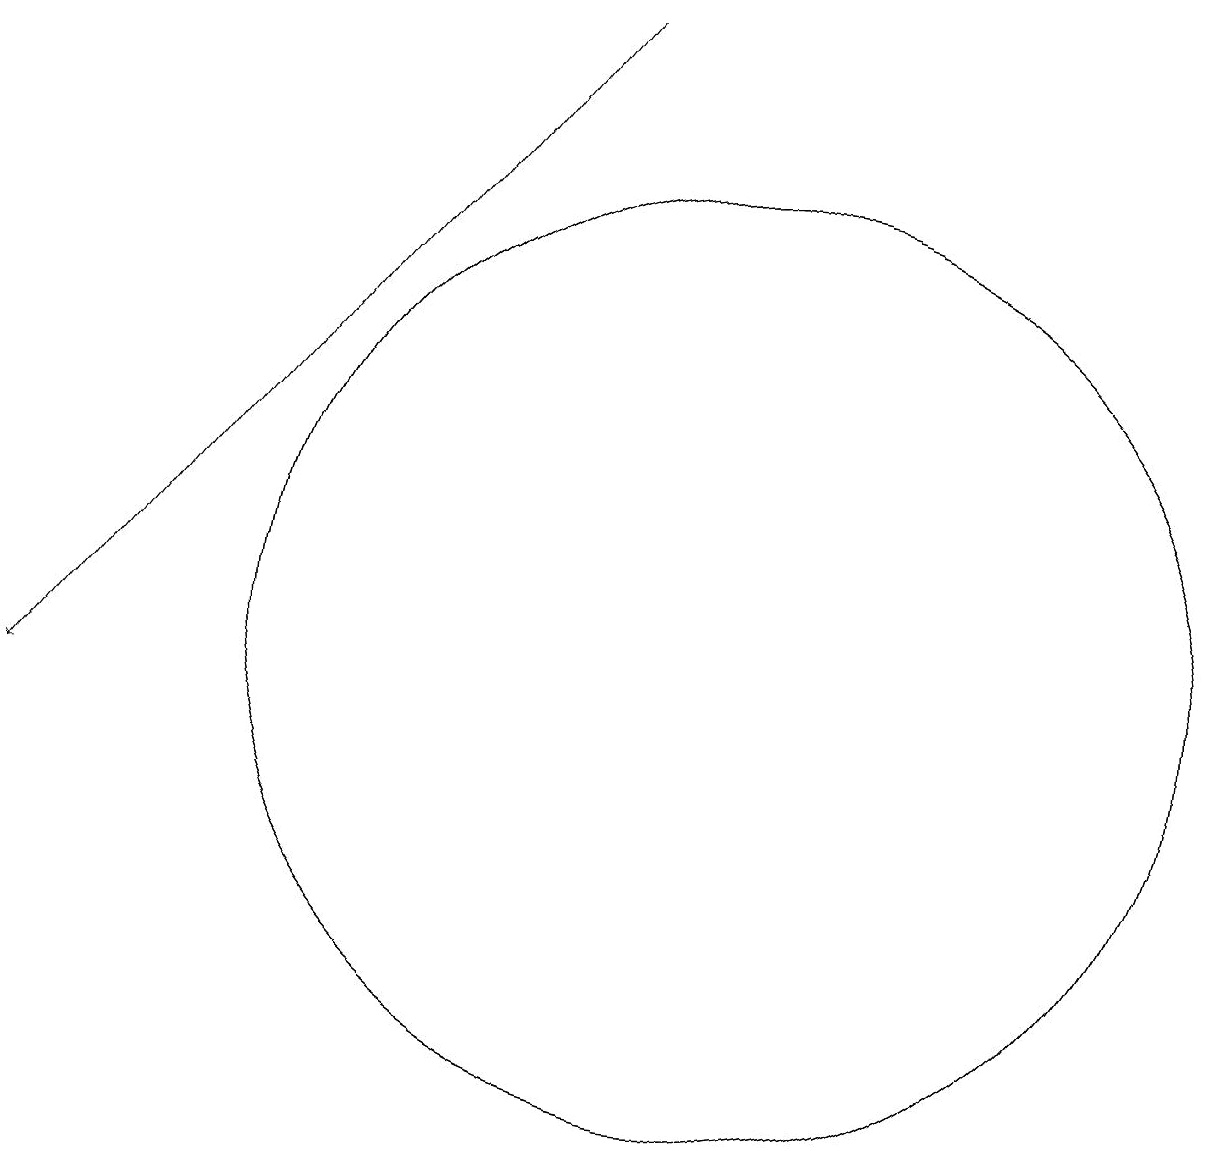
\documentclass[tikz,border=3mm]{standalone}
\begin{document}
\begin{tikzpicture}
\draw[->] (8,19) -- (1,10);
\draw (10,11) circle (6);
\draw (10,11) circle (6);
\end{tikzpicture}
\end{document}